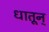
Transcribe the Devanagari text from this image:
धातून्